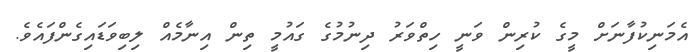
އެމަނިކުފާނަށް މީގެ ކުރިން ވަނީ ހިތްވަރު ދިނުމުގެ ގައުމީ ތިން އިނާމެއް ލިބިވަޑައިގެންފައެވެ.